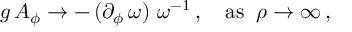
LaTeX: g \, A _ { \phi } \to - \, ( \partial _ { \phi } \, \omega ) \, \, \omega ^ { - 1 } \, , \quad \mathrm { a s } \; \; \rho \to \infty \, ,